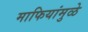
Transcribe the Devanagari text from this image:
माफियांमुळे